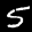
Label: 5